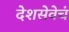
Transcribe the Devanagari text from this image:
देशसेवेचं